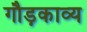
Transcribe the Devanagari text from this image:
गौड़काव्य